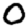
Digit: 0